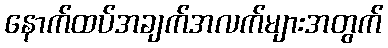
နောက်ထပ်အချက်အလက်များအတွက်